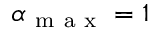
\alpha _ { \mathrm { ~ m ~ a ~ x ~ } } = 1